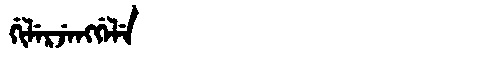
Manchu: ᡤᡳᠯᡝᡵᠵᡝᠩᡤᡝᠯᡝ
Romanization: GILERJENGGELE